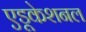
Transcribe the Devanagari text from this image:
एडूकेशनल